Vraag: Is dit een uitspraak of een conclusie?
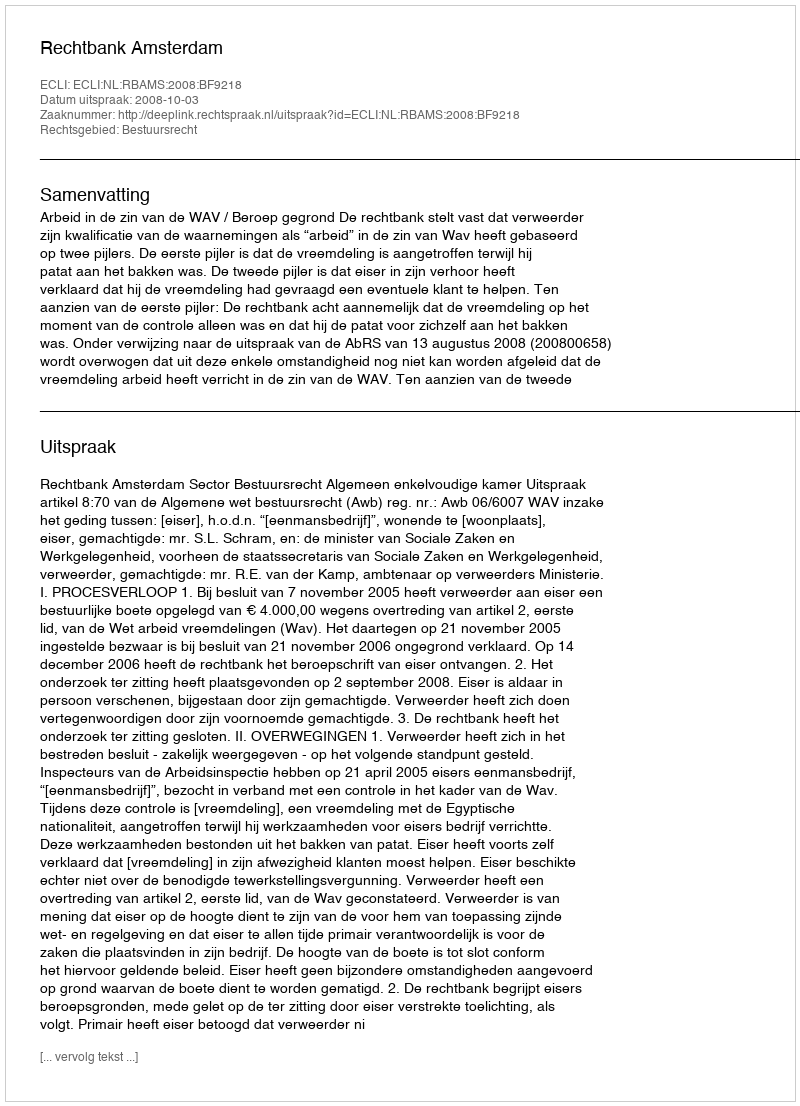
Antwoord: Uitspraak